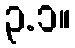
၃.၁။